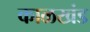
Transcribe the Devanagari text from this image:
काळखंड